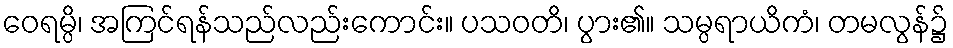
ဝေရမ္ပိ၊ အကြင်ရန်သည်လည်းကောင်း။ ပသဝတိ၊ ပွား၏။ သမ္ပရာယိကံ၊ တမလွန်၌